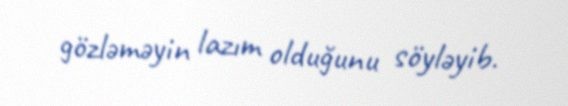
gözləməyin lazım olduğunu söyləyib.